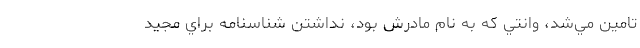
تامين مي‌شد، وانتي كه به نام مادرش بود، نداشتن شناسنامه براي مجيد